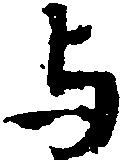
与